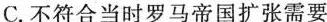
C.不符合当时罗马帝国扩张需要